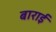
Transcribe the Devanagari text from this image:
बाराई